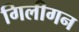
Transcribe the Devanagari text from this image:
गिलीगन